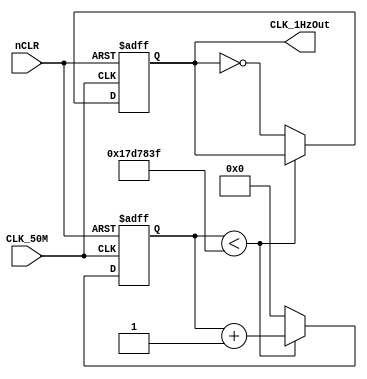
/*
Description:Modulo-2510^6 binary counter.Clock frequency is 50MHz, and output frequency is 1Hz.
*/
module Divider_50MHz(CLK_1HzOut, CLK_50M, nCLR);
//declare all the types of the port in one statement
output reg 	CLK_1HzOut;
input 		nCLR, CLK_50M;

//2^x>(50/2)M, get x> = 25
parameter N = 25;
//clock frequency
parameter CLK_Freq = 50000000;
parameter OUT_Freq = 1;

//counter
reg [N-1:0] Count_DIV;

//Response to the rising edge of CLK_50M and the falling edge of nCLR(Asynchronous reset)
always @(posedge CLK_50M or negedge nCLR) begin
	if (!nCLR) begin
		//reset the output signal
		CLK_1HzOut <= 0;
		//reset the counter
		Count_DIV <= 0;
	end
	else  begin
		if (Count_DIV<(CLK_Freq/(2*OUT_Freq)-1)) 
			Count_DIV <= Count_DIV+1'b1; 
		else begin
			//reset Count_DIV and turned over the output signal when finishes half a cycle
			Count_DIV <= 0;
			CLK_1HzOut <= ~CLK_1HzOut;
		end
	end
end
endmodule